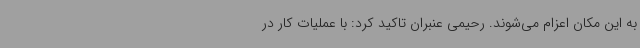
به این مکان اعزام می‌شوند. رحیمی عنبران تاکید کرد: با عملیات کار در